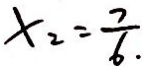
x _ { 2 } = \frac { 7 } { 6 }